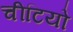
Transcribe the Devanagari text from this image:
चीटियो